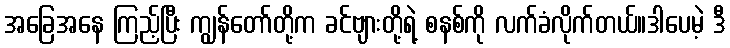
အခြေအနေ ကြည့်ပြီး ကျွန်တော်တို့က ခင်ဗျားတို့ရဲ့ စနစ်ကို လက်ခံလိုက်တယ်။ဒါပေမဲ့ ဒီ